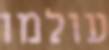
עולמו